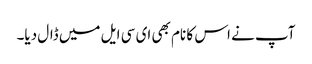
آپ نے اس کا نام بھی ای سی ایل میں ڈال دیا۔